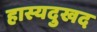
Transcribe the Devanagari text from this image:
हास्यदुखद